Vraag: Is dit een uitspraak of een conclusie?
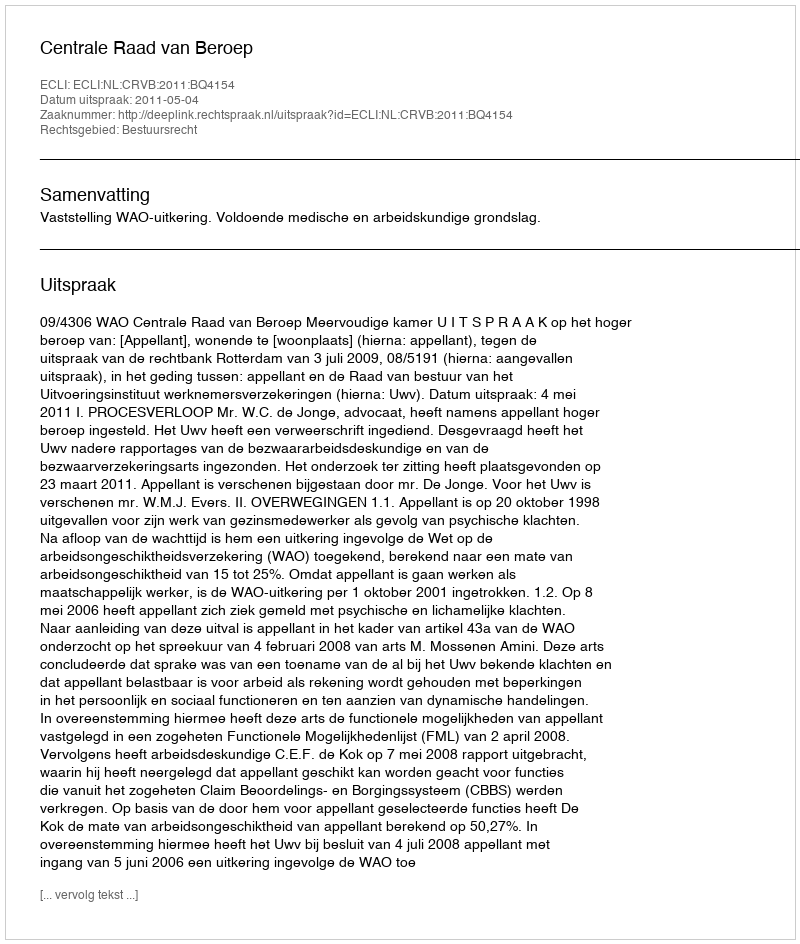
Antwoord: Uitspraak